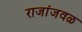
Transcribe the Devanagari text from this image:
राजांजवळ